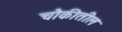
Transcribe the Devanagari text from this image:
चौकीतील